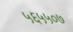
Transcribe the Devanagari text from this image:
५६५५०७